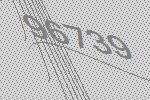
96739